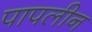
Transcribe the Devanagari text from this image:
पापलीन